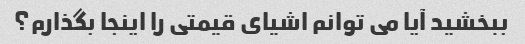
ببخشید آیا می توانم اشیای قیمتی را اینجا بگذارم؟